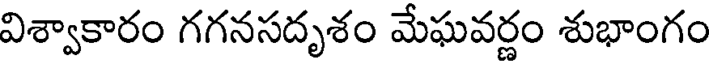
విశ్వాకారం గగనసదృశం మేఘవర్ణం శుభాంగం